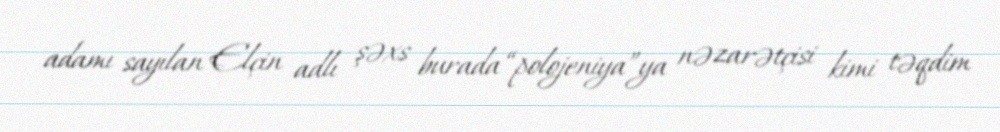
adamı sayılan Elçin adlı şəxs burada “polojeniya”ya nəzarətçisi kimi təqdim